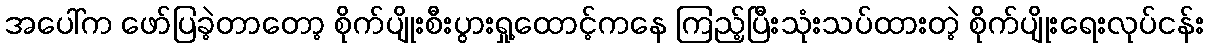
အပေါ်က ဖော်ပြခဲ့တာတော့ စိုက်ပျိုးစီးပွားရှု့ထောင့်ကနေ ကြည့်ပြီးသုံးသပ်ထားတဲ့ စိုက်ပျိုးရေးလုပ်ငန်း